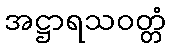
အဋ္ဌာရသဝတ္တံ